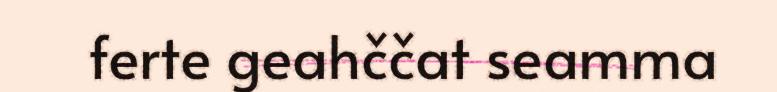
ferte geahččat seamma